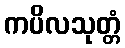
ကပိလသုတ္တံ